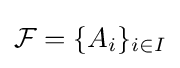
{\mathcal {F}}=\{A_{i}\}_{i\in I}